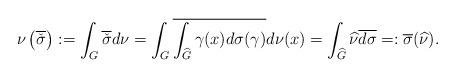
LaTeX: \begin{align*} \nu\left(\overline{{\check{\sigma}}}\right):=\int_G \overline{{\check{\sigma}}} d \nu= \int_G \overline{\int_{\widehat{G}} \gamma(x) d\sigma(\gamma) }d\nu(x) = \int_{\widehat G} \widehat{\nu} \overline{d\sigma}=: \overline{\sigma}(\widehat{\nu}).\end{align*}